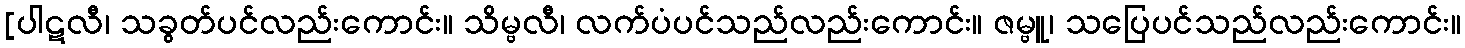
[ပါဋလီ၊ သခွတ်ပင်လည်းကောင်း။ သိမ္ဗလီ၊ လက်ပံပင်သည်လည်းကောင်း။ ဇမ္ဗူ၊ သပြေပင်သည်လည်းကောင်း။